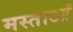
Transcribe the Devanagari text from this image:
मस्ताओं